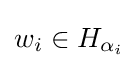
{\textstyle w_{i}\in H_{\alpha _{i}}}